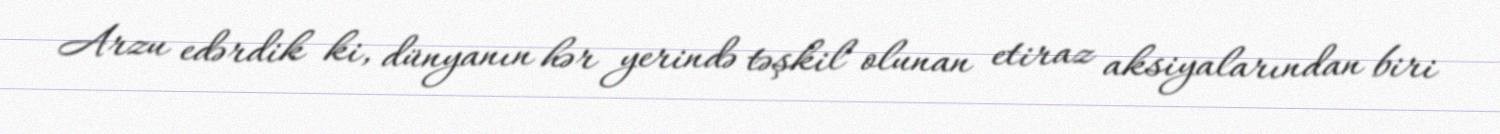
Arzu edərdik ki, dünyanın hər yerində təşkil olunan etiraz aksiyalarından biri